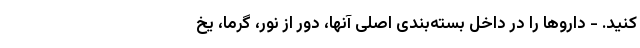
کنید. - داروها را در داخل بسته‌بندی اصلی آنها، دور از نور، گرما، یخ